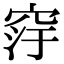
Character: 窏